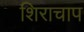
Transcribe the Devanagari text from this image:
शिराचाप